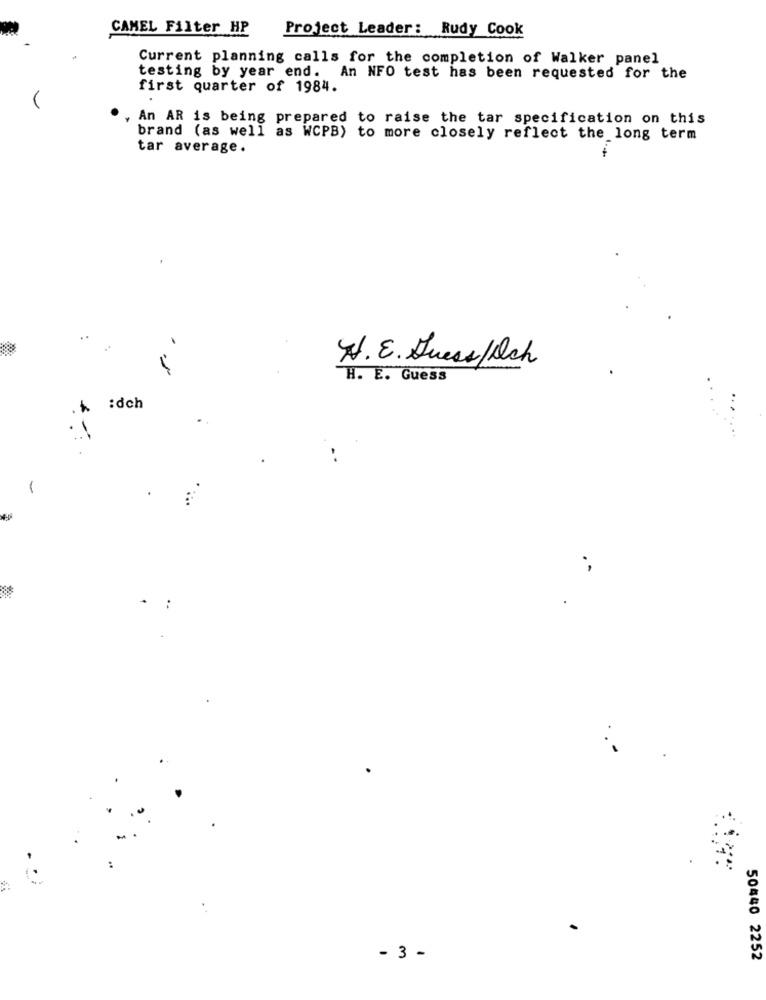
CAMEL Filter HP
Project Leader: Rudy Cook
Current planning calls for the completion of Walker panel
testing by year end. An NFO test has been requested for the
first quarter of 1984.
An AR is being prepared to raise the tar specification on this
brand (as well as WCPB) to more closely reflect the long term
tar average.
..
A . E. Guess / Och
H. E. Guess
% :dch
- 3 -
50440 2252